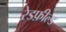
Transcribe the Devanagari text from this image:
रेडफ़ील्ड